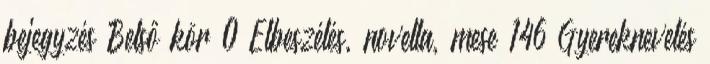
bejegyzés Belső kör 0 Elbeszélés, novella, mese 146 Gyereknevelés